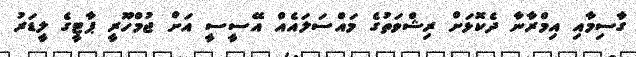
ގާސިމާއި އިމްރާނާ ދެކޮޅަށް ރިޝްވަތުގެ މައްސަލައެެއް އޭސީސީ އަށް ޖުމްހޫރީ ޕާޓީގެ ލީޑަރު